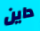
داين